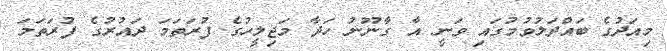
މިއަދުގެ ބައްދަލުވުމުގައި ވަނީ އާ ގާނޫނު ހަދާ މަޖިލީހުގެ ފުރަތަމަ ދައުރުގެ ފުރަތަމަ